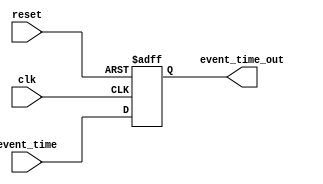
module time_register(input clk, reset, input [31:0] event_time, output reg [31:0] event_time_out );

  always @(posedge clk or posedge reset) begin
	if(reset == 1) begin
		event_time_out <= 32'b0;
	end
	else begin
		event_time_out <= event_time;
	end
  end 

endmodule